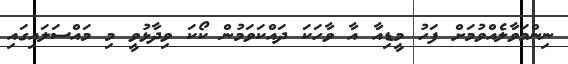
ނިންމަވާލެއްވުމަށް ފަހު މީޑިއާ އާ ވާހަކަ ދައްކަވަމުން ކޯކަ ވިދާޅުވީ މި މައްސަލައިގައި